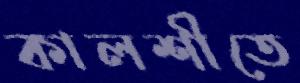
কালশীতে